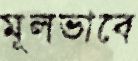
মূলভাবে